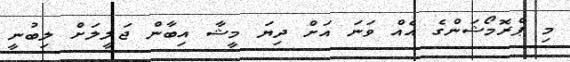
މި ޕްރޮމޯޝަންގެ އެއް ވަނަ އަށް ދިޔަ މީޝާ އިބާން ޖަލީލަށް ލިބުނީ